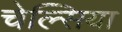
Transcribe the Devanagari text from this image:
चेल्‍िसया